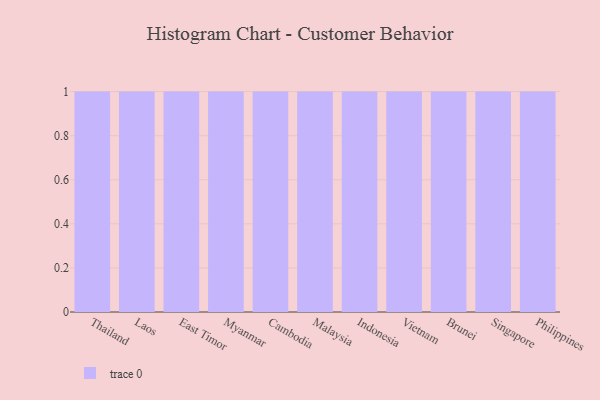
{"axis": {"x": "Country", "y": "Demand Index"}, "legend": [""], "data": [{"x": "Thailand", "y": 48, "type": ""}, {"x": "Laos", "y": 82, "type": ""}, {"x": "East Timor", "y": 61, "type": ""}, {"x": "Myanmar", "y": 28, "type": ""}, {"x": "Cambodia", "y": 91, "type": ""}, {"x": "Malaysia", "y": 99, "type": ""}, {"x": "Indonesia", "y": 7, "type": ""}, {"x": "Vietnam", "y": 1, "type": ""}, {"x": "Brunei", "y": 22, "type": ""}, {"x": "Singapore", "y": 57, "type": ""}, {"x": "Philippines", "y": 13, "type": ""}]}